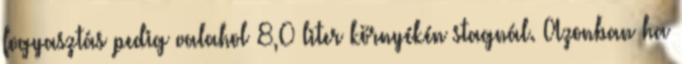
fogyasztás pedig valahol 8,0 liter környékén stagnál. Azonban ha